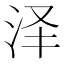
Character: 泽